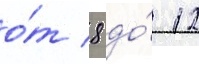
о́т 8 до́ 12